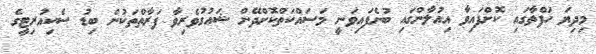
މިދިޔަ ހަފްތާގައި ކޮށްފައިވާ އިއުލާންގައި ބުނެފައިވަނީ މަސައްކަތްކޮށްދޭން ޝައުގުވެރިވާ ފަރާތްތަކުން ބިޑު ސެކިއުރިޓީގެ